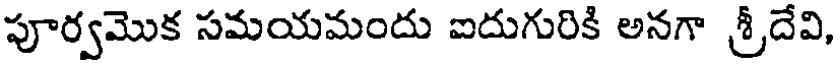
పూర్వమొక సమయమందు ఐదుగురికి అనగా శ్రీదేవి,